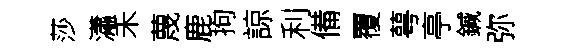
莎瀟禾蔑鹿拘諒利備覆萼亭鍼弥